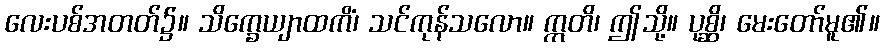
လေးပစ်အတတ်၌။ သိက္ခေယျာထကိံ၊ သင်ကုန်သလော။ ဣတိ၊ ဤသို့။ ပုစ္ဆိ၊ မေးတော်မူ၏။